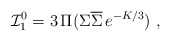
\begin{align*}{\cal I}^0_1= 3\,\Pi(\Sigma\overline{\Sigma}\,e^{-K/3})\ ,\end{align*}